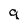
Character: 9